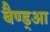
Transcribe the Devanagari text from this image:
बैण्ड्आ